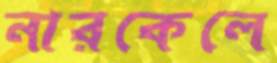
নারকেলে